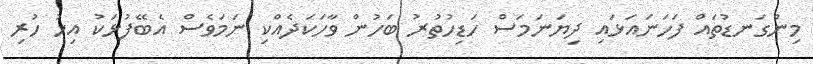
މިންގަނޑުތައް ފަހަނައަޅައި ދިޔަނަމަސް ހަޑިހުތުރު ބަހުން ވާހަކަދެއްކި ނަމަވެސް އެބޭފުޅަކު އިހު ހުރި